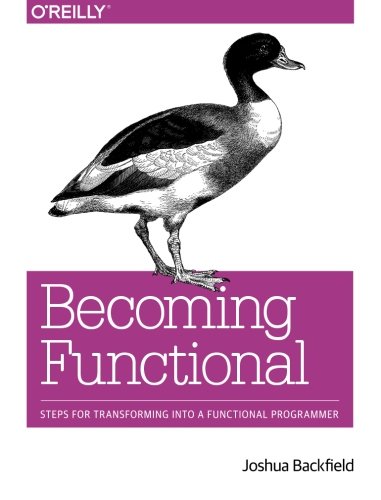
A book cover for Becoming Functional; Joshua Backfield; Computers & Technology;